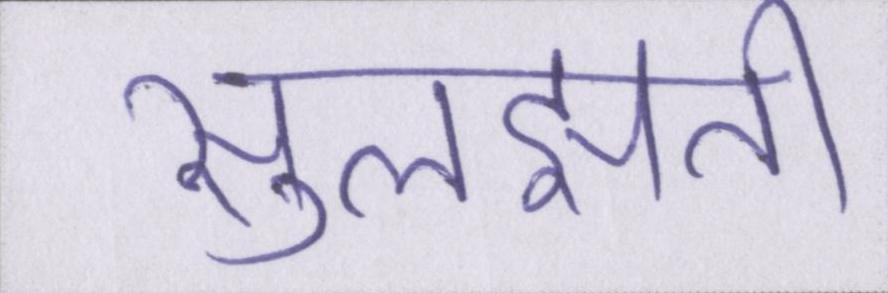
सुलझती